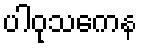
ပါဝုသကေန